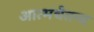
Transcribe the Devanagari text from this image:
आत्मचैतन्य